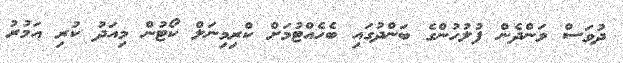
ދުވަސް ވަންދެން ފުލުހުންގެ ބަންދުގައި ބެހެއްޓުމަށް ކްރިމިނަލް ކޯޓުން މިއަދު ކުރި އަމުރު